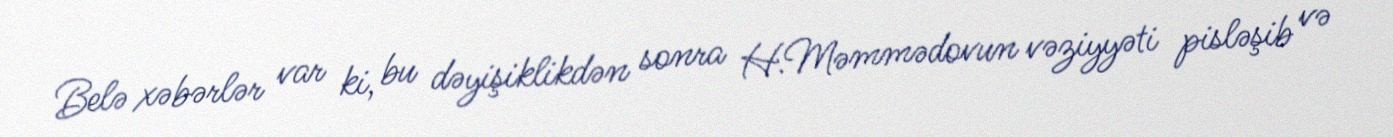
Belə xəbərlər var ki, bu dəyişiklikdən sonra H.Məmmədovun vəziyyəti pisləşib və